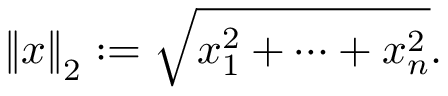
\left\| { \boldsymbol { x } } \right\| _ { 2 } : = { \sqrt { x _ { 1 } ^ { 2 } + \cdots + x _ { n } ^ { 2 } } } .